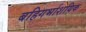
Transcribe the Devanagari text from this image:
बहिगर्भाशयिक